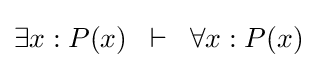
\exists x:P(x)\;\;\vdash \;\;\forall x:P(x)